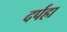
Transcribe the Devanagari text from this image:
दर्पहा